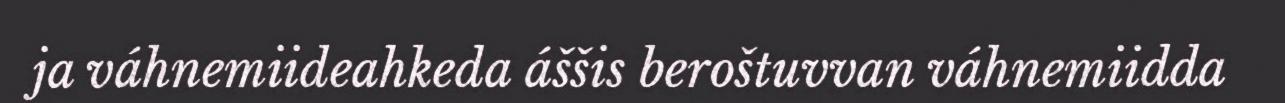
ja váhnemiideahkeda áššis beroštuvvan váhnemiidda